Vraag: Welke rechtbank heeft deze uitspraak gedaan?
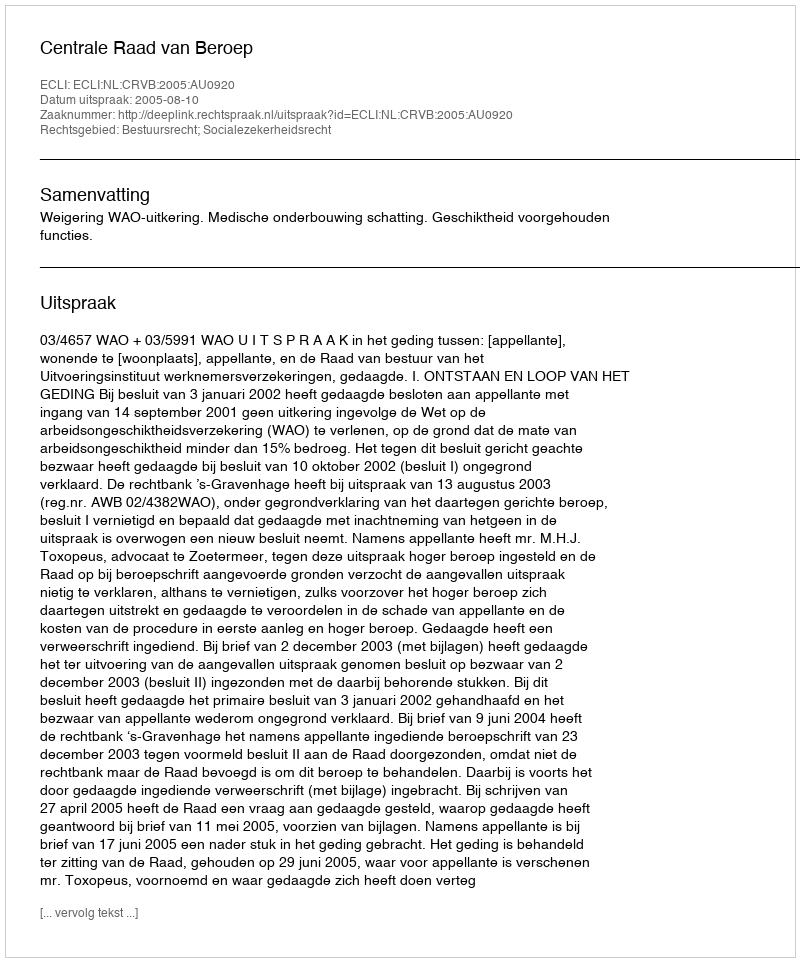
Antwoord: Centrale Raad van Beroep